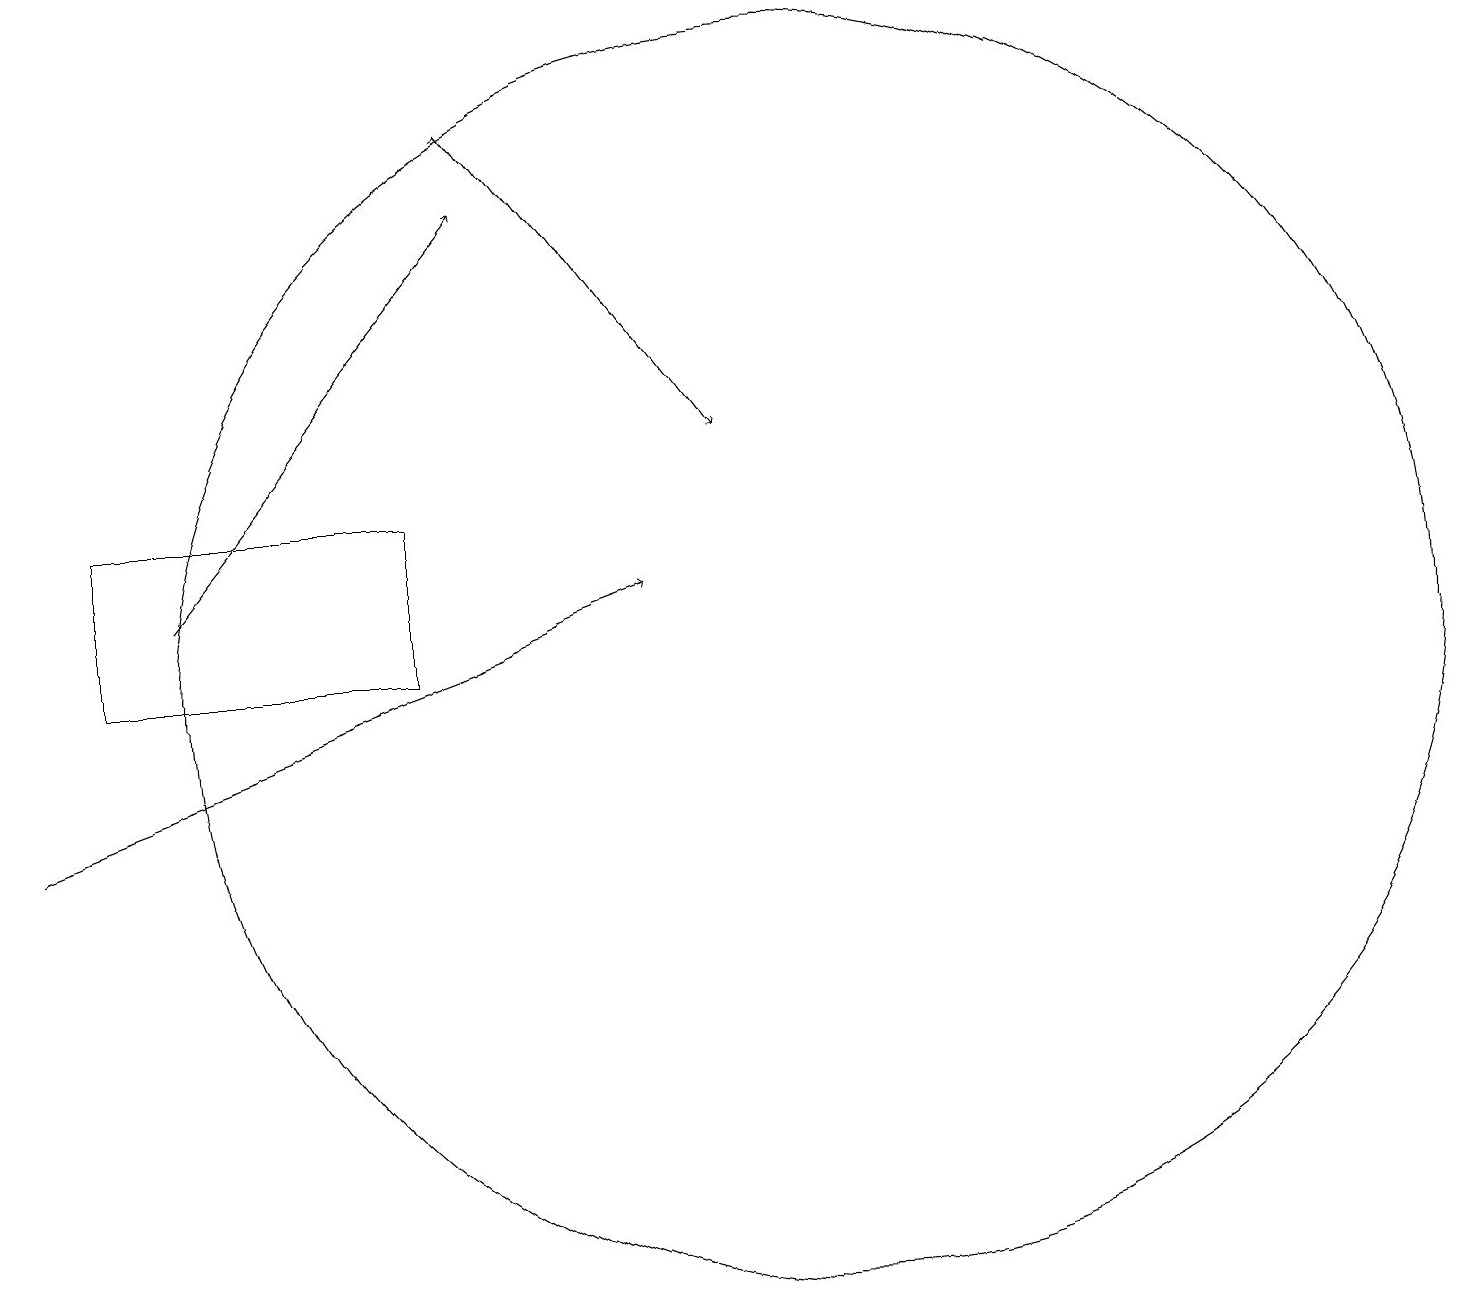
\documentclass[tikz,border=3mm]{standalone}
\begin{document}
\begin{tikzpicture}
\draw (1,14) rectangle (5,12);
\draw[->] (0,10) -- (8,13);
\draw[->] (6,19) -- (6,19);
\draw[->] (6,19) -- (9,15);
\draw[->] (2,13) -- (6,18);
\draw (10,12) circle (8);
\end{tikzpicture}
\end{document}